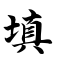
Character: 填